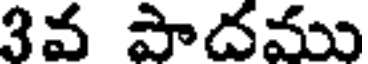
3వ పాదము